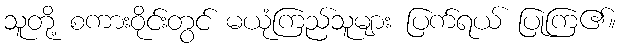
သူတို့ စကားဝိုင်းတွင် မယုံကြည်သူများ ပြက်ရယ် ပြုကြ၏။